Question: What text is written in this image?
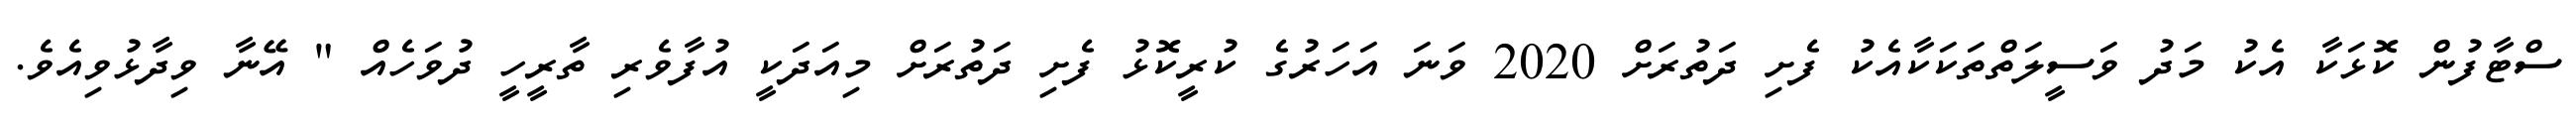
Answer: ސްޓާފުން ކޮޅަކާ އެކު މަދު ވަސީލަތްތަކަކާއެކު ފެށި ދަތުރަށް 2020 ވަނަ އަހަރުގެ ކުރީކޮޅު ފެށި ދަތުރަށް މިއަދަކީ އުފާވެރި ތާރީހީ ދުވަހެއް " އޭނާ ވިދާޅުވިއެވެ.